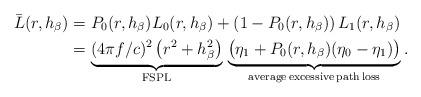
LaTeX: \begin{align*}\bar{L}(r, h_\beta) &= P_{0}(r, h_\beta)L_0(r, h_\beta) + \left(1-P_{0}(r, h_\beta)\right)L_1(r, h_\beta)\\&=\underbrace{(4\pi f/c)^2 \left( r^2+h_\beta^2 \right)}_{\rm{FSPL}} \, \underbrace{\big( \eta_1 + P_{0}(r, h_\beta)(\eta_0-\eta_1) \big)}_{\rm{average\,excessive\,path\,loss}}.\end{align*}